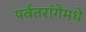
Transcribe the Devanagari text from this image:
पर्वतरांगेमधे